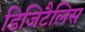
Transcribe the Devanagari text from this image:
डिजिटैलिस